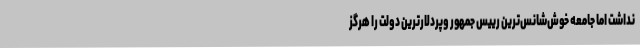
نداشت اما جامعه خوش‌شانس‌ترین رییس جمهور وپردلارترين دولت را هرگز